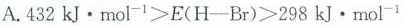
A.$$4 3 2 k J · m o l^{ - 1 } > E ( H — B r ) > 2 9 8 k J · m o l ^ { - 1 }$$